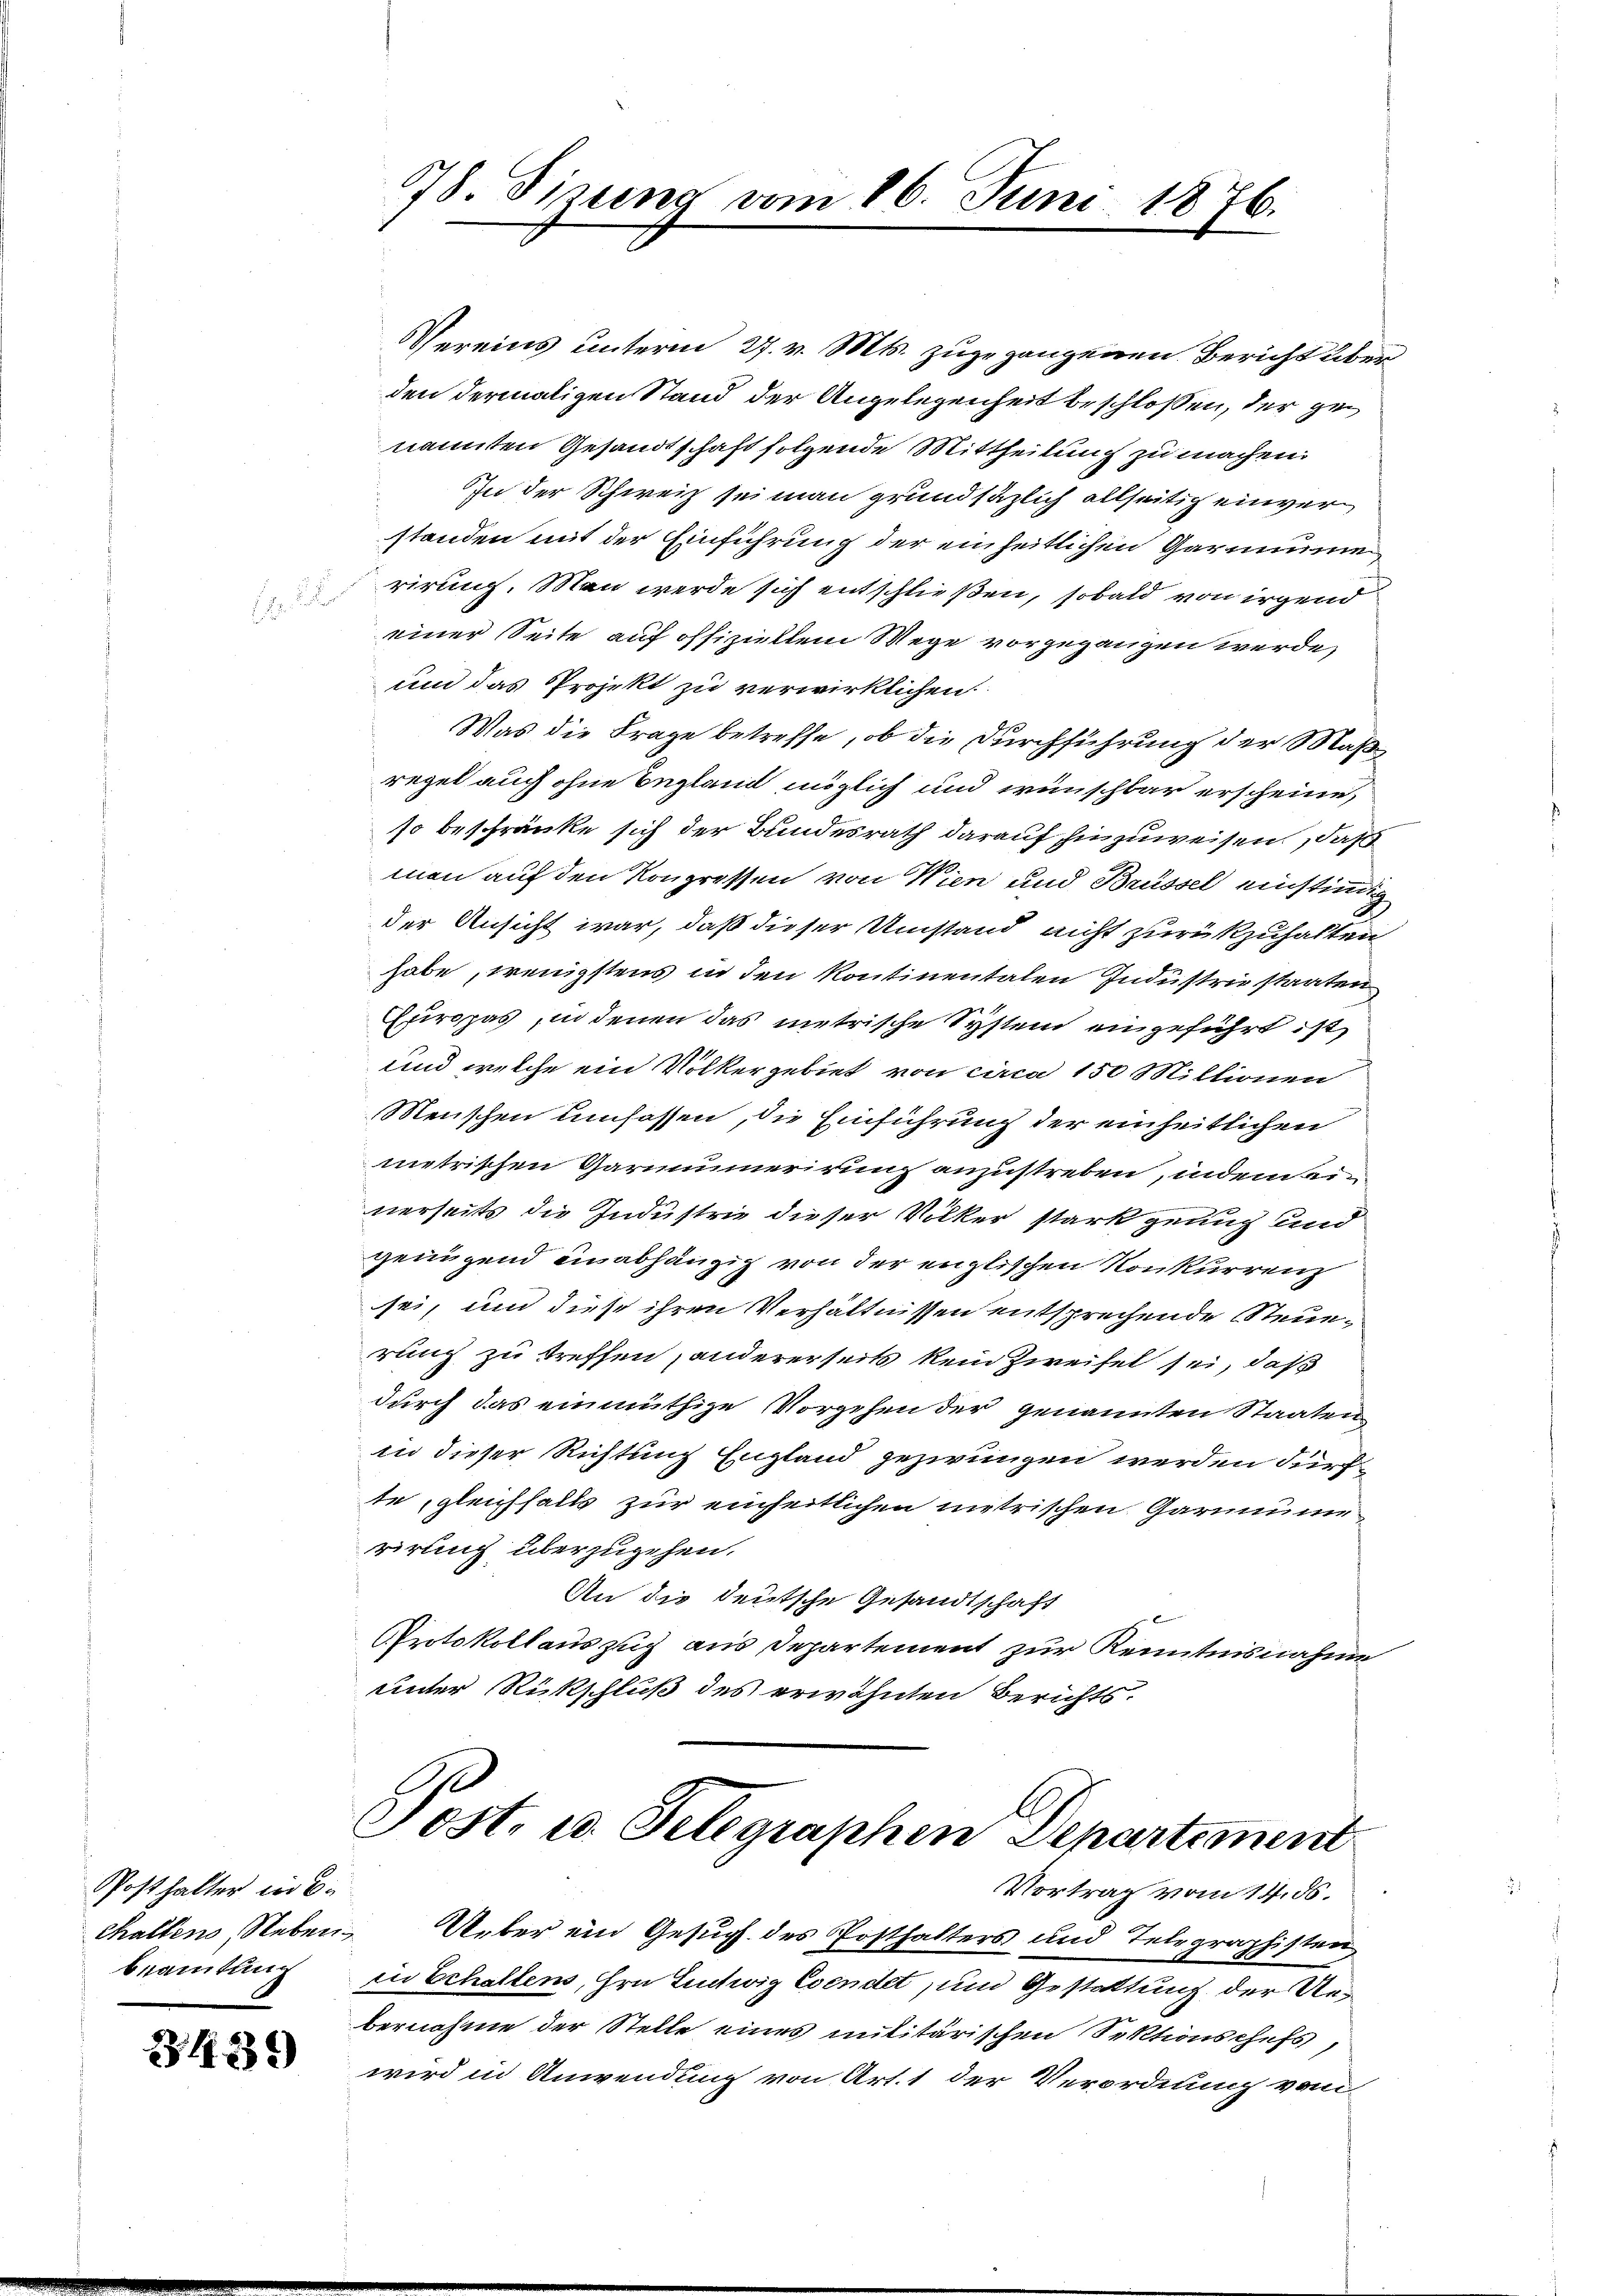
Posthalter in B
chaltens, Neben.
beamtung

31239

78. Sirung vom 16. Juni 1876.

Vereins unterm 27. v. Mts. zugegangenen Bericht aben
den dermaligen Stand der Angelegenheit beschlossen, der genannten Gesandtschaft folgende Mittheilung zu machen.
In der Schweiz sei man grundsätzlich allseitig einverstanden mit der Einführung der einheitlichen Garninne
rirung. Man werde sich entschließen, sobald von irgend
einer Seite auf offiziellem Wege vorgegangen werde,
um das Projekt zu verwirklichen
Was die Frage betreffe, ob die Durchführung der Maß
regel auch ohne Begland möglich und wünschbar erscheine,
so beschränke sich der Bundesrath darauf zuzuweisen, daß
men auf den Kongressen von Wien und Brüssel einstimmig
der Ansicht war, daß dieser Umstand nicht zurükzuhalten
habe, wenigstens in den kontinentalen Industrie staaten
Europas, in denen das metrische System eingeführt ist,
und welche ein Volkergebiet von circa 150 Millionen
Menschen umfassen, die Einführung der einheitlichen
metrischen Garminerirung anzustreben, indem einerseits die Industrie dieser Völker stark genug und
genügend einabhängig von der englischen Konkurrenz
sei, und diese ihren Verhältnissen entsprechende Neuerung zu treffen, andererseits kein Zweifel sei, daß
durch das einmüthige Vorgehen der genannten Staaten
in dieser Richtung England gezwungen werden dürfte, gleichhalts zur einheitlichen metrischen Garmine
rirung überzugehen.
An die deutsche Gesandtschaft
Protokollauszug aus Departement zur Kenntnisnahme
unter Rückschluß des erwähnten Berichts.

Post. u. Telegraphen Departement
Vortrag vom 14. 56.

Ueber ein Gesuch des Posthalters und Telegraphisten
in Echaltens, Hrn. Ludwig Esendet, und Gestattung der Uebernahme der Stelle eines militärischen Sektionschefs,
wird in Anwendung von Art. 1 der Verordnung vom